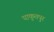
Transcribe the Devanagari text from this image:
याकूतपुर